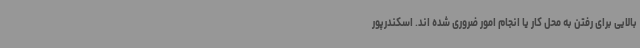
بالایی برای رفتن به محل کار یا انجام امور ضروری شده اند. اسکندرپور